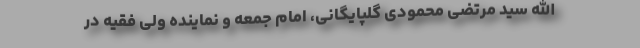
الله سید مرتضی محمودی گلپایگانی، امام جمعه و نماینده ولی فقیه در